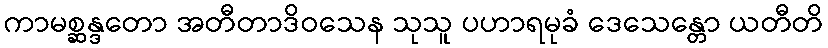
ကာမစ္ဆန္ဒတော အတီတာဒိဝသေန သုသူ ပဟာရမုခံ ဒေသေန္တော ယတီတိ